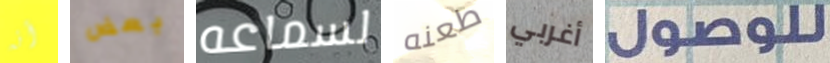
أنه بعض لسماعه طعنه أغربي للوصول